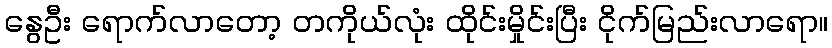
နွေဦး ရောက်လာတော့ တကိုယ်လုံး ထိုင်းမှိုင်းပြီး ငိုက်မြည်းလာရော။